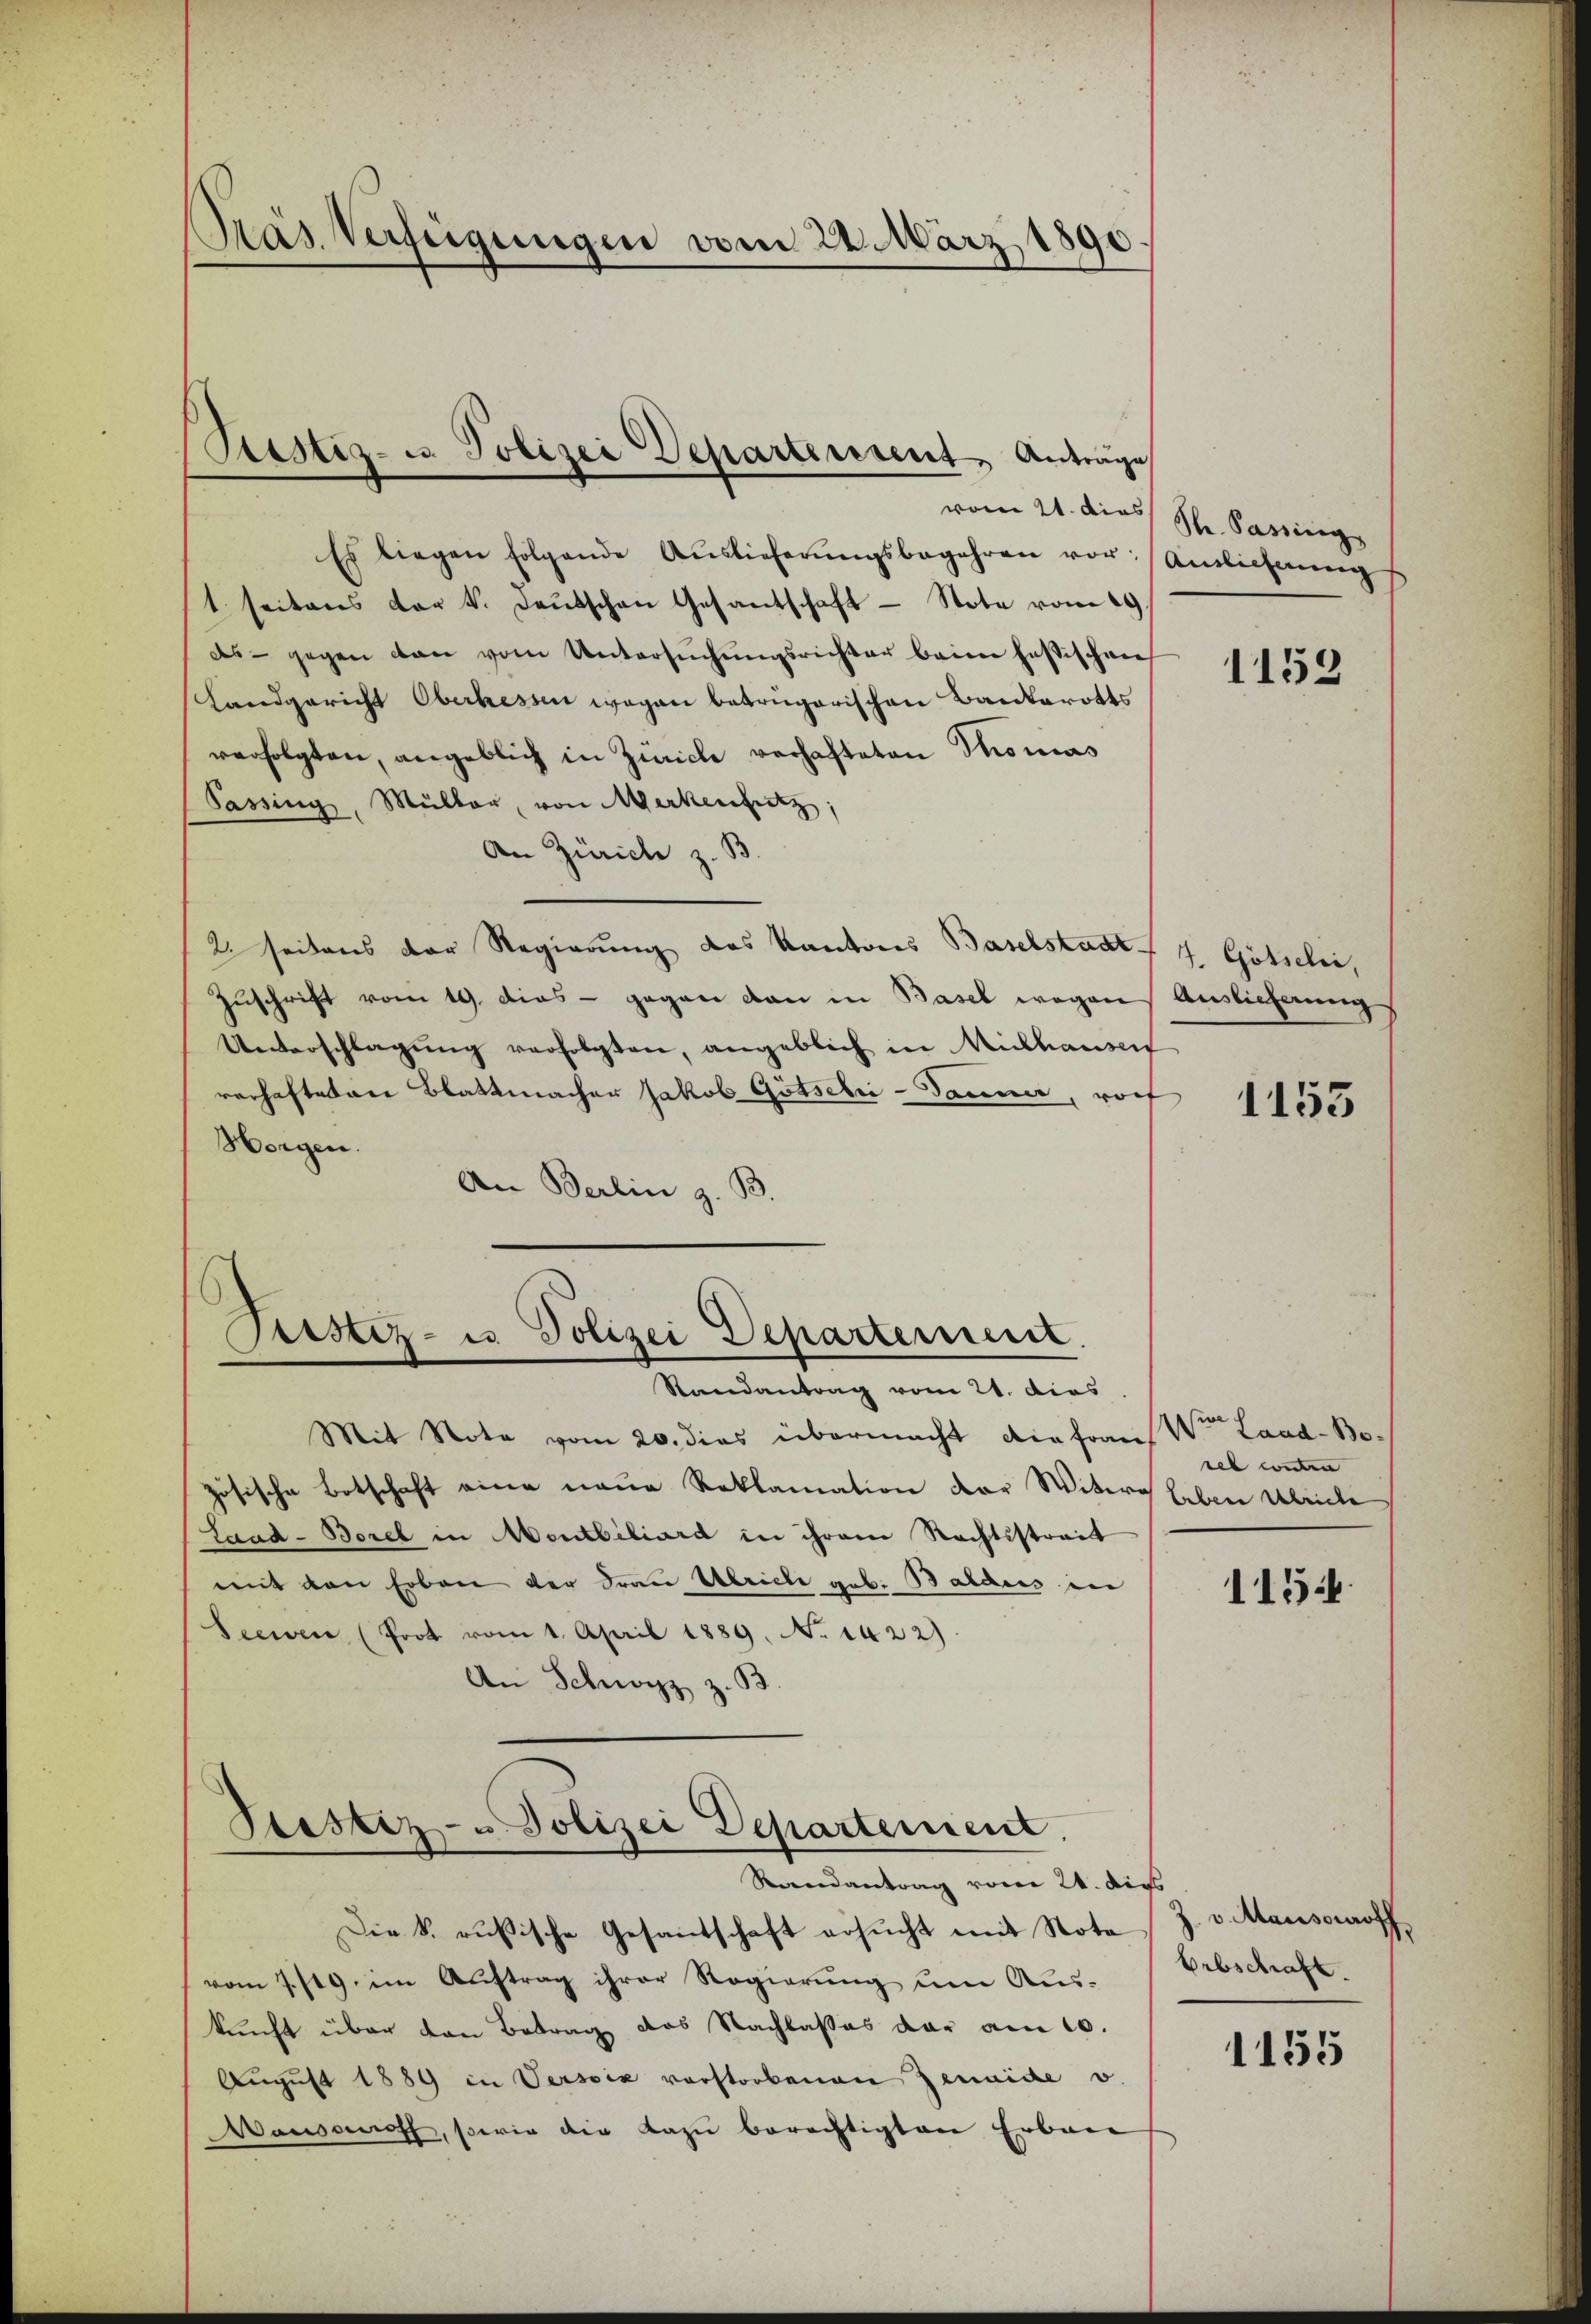
Pras Verfügungen vom 22. März 1890

Es liegen folgende Auslieferŭngsbegehren vor Amlichnŭng
t seitens der v. deŭtschen Gesantschaft - Note vom 29.
ds gegen den vom Untersŭchŭngsrichter beim festischen
Landgericht Oberhessen wegen betrügerischen Bankerotts
verfolgten, angeblich in Zürich verhafteten Thomas
Passing, Müller, von Merkensatz,
An Zürich z. B.
2. seitens der Regierŭng des Kantons Baselstadt 4. Götseli,
Zuschrift vom 19. dies - gegen dan in Basel wegen Auslieferung
Unerschlagung verfolgten, angeblich in Mithausen
rarhafteten Blattmacher Jakob Götschi-Daumer, vorf
Horgen.
An Berlin z. B.

Stestiz- u. Polizei Departement Anträge

Verstiz- u. Polizei Departement.
Randantrag vom 21. dies

Mit Note vom 20. dies übermacht die Frau Von Laad-Bozösische Botschaft eine neue Reklamation der Witwe Leben beile
Land-Borel in Montbiliard in ihrem Rechtsstreit
mit den Erben der Frau Ulriche geb. Baldus in
Seewen (Prot vom 1. April 1889. No 1422).
An Schwyz z. B
Stester- u Polizei Departement
Randantrag vom 24. dies
Die k. rußische Gesandschaft ersucht mit Note
vom 7./19. im Auftrag ihrer Regierung um Aus-
kunft über den Betrag das Nachlasses dar am 10.
August 1889 in Versoix vorstorbenen Jenaide u.
Wausanoff, sowie die dazu berechtigten Erbaue

vom 21. dies St. Passing

1152

1153

sel conten

115

J. v. Mansowroff
Erbschraft.

1155